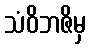
သံဝိဘဇိမှ